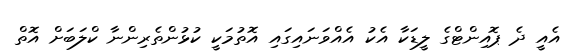
އެއީ ދެ ޕޮއިންޓްގެ ލީޑަކާ އެކު އެއްވަނައިގައި އޮތުމަކީ ކުޅުންތެރިންނާ ކްލަބަށް އޮތް